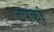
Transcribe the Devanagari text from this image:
टपकां